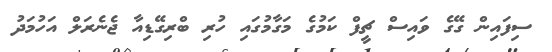
ސިފައިން ގޭގެ ވައިސް ޗީފް ކަމުގެ މަގާމުގައި ހުރި ބްރިގޭޑިއާ ޖެނެރަލް އަހުމަދު